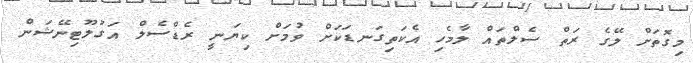
މިގޮތަށް ލޭގެ ރަތް ސެލްތައް ލާމެހި އެކަތިގަނޑަކަށް ވުމަށް ކިޔަނީ ރެޑްސެލް އަގުލޫޓިނޭޝަން